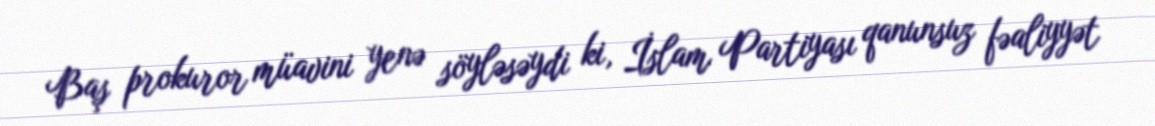
Baş prokuror müavini yenə söyləsəydi ki, İslam Partiyası qanunsuz fəaliyyət